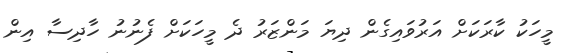
މީހަކު ކާރަކަށް އަރުވައިގެން ދިޔަ މަންޒަރު ދެ މީހަކަށް ފެނުނު ހާދިސާ އިން